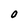
Character: 0